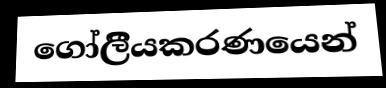
ගෝලීියකරණයෙන්